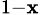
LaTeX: _{1-\mathbf{x}}